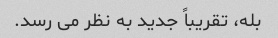
بله، تقریباً جدید به نظر می رسد.